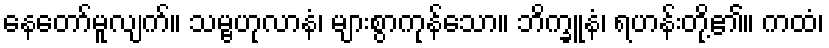
နေတော်မူလျက်။ သမ္ဗဟုလာနံ၊ များစွာကုန်သော။ ဘိက္ခူနံ၊ ရဟန်းတို့၏။ ကထံ၊